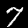
Label: 7